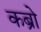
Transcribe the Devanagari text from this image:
कब्रो